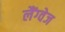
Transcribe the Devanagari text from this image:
लैंग्‍वेज